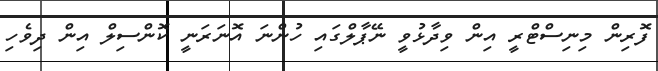
ފޮރިން މިނިސްޓްރީ އިން ވިދާޅުވީ ނޭޕާލްގައި ހުންނަ އޮނަރަނީ ކޮންސިލް އިން ދިވެހި